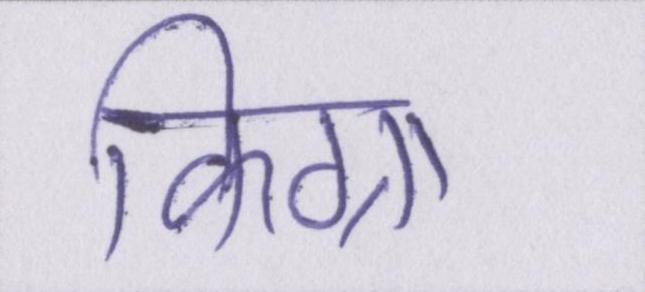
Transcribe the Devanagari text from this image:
किग्रा